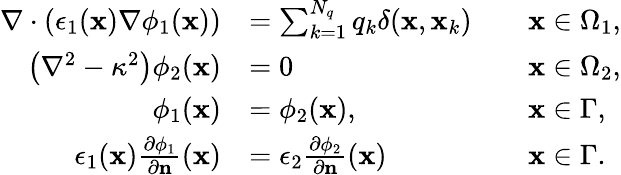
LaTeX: \begin{array}{rlrl}{\nabla\cdot\left(\epsilon_{1}(\mathbf{x})\nabla\phi_{1}(\mathbf{x})\right)}&{=\sum_{k=1}^{N_{q}}q_{k}\delta(\mathbf{x},\mathbf{x}_{k})}&&{\mathbf{x}\in\Omega_{1},}\\ {\left(\nabla^{2}-\kappa^{2}\right)\phi_{2}(\mathbf{x})}&{=0}&&{\mathbf{x}\in\Omega_{2},}\\ {\phi_{1}(\mathbf{x})}&{=\phi_{2}(\mathbf{x}),}&&{\mathbf{x}\in\Gamma,}\\ {\epsilon_{1}(\mathbf{x})\frac{\partial\phi_{1}}{\partial\mathbf{n}}(\mathbf{x})}&{=\epsilon_{2}\frac{\partial\phi_{2}}{\partial\mathbf{n}}(\mathbf{x})}&&{\mathbf{x}\in\Gamma.}\end{array}